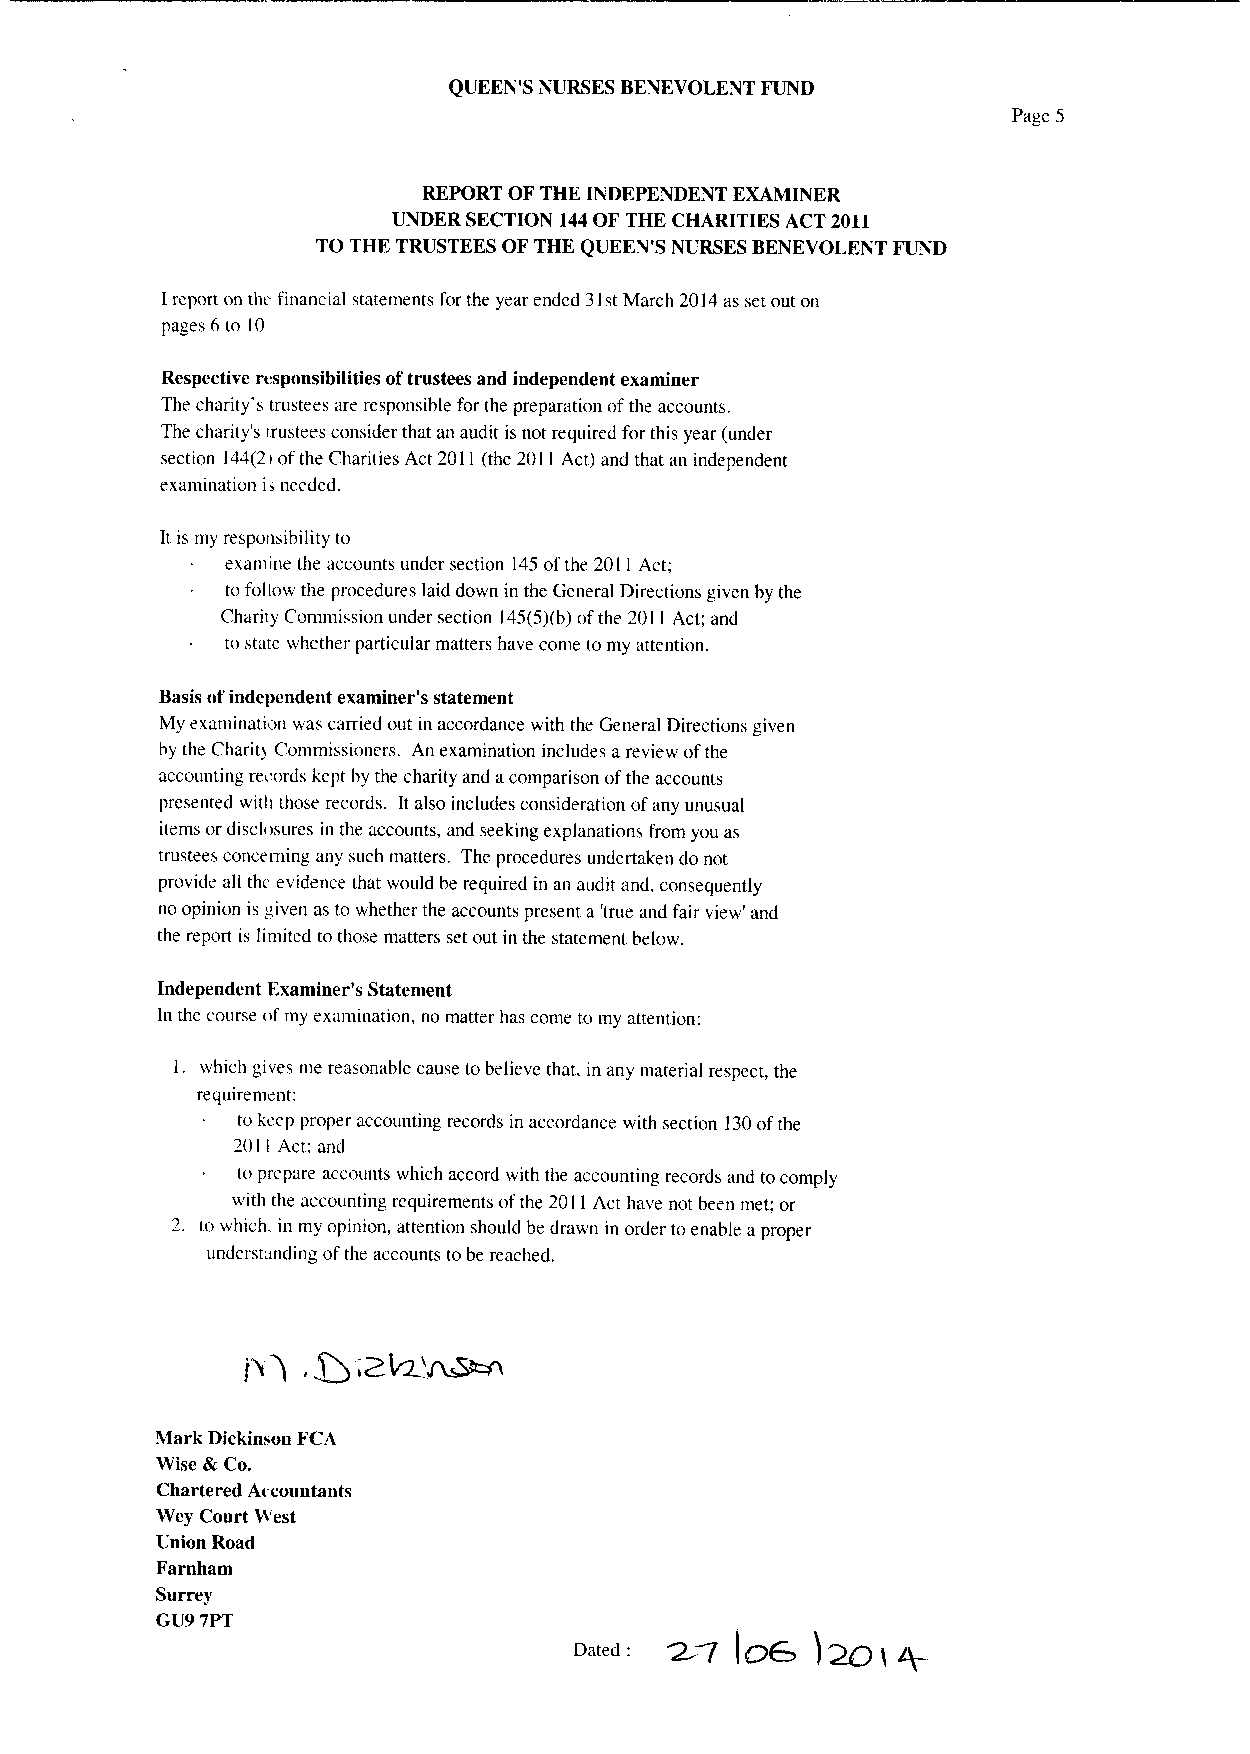
QUEEN'S NURSES BENEVOLENT FUND
 Page 5
 REPORT OF THE INDEPENDENT EXAMINER
 UNDER SECTION 144OF THE CHARITIES ACT 2011
 TO THE TRUSTEES OF THE QUEEN'S NURSES BENEVOLENT FUND
 Ireport on thc financial statements for the year ended 31stMarch 2014as set out on
 pages 6to 10
 Respective responsibilities oftrustees and independent examiner
 The charity's trustees are responsible for the preparation ofthe accounts.
 The charity's trustees consider that an audit is not required for this year (under
 section 144(2 i ofthe Charities Act 2011(the 2011Act) and that an independent
 examination i& needed.
 It is my responsibility to
 examine the accounts under section 145ofthe 2011Act;
 to follow the procedures laid down in the General Directions given by the
 Charity Commission under section 145(5)(b)ofthe 2011Act; and
 to stare whether particular matters have come to my attention.
 Basis ofindependent examiner's statement
 My examination was carried out in accordance with the General Directions given
 by the Charit) Commissioners. An examination includes areview ofthe
 accounting records kept by the charity and acomparison ofthe accounts
 presented with those records. Italso includes consideration ofany unusual
 items or discli&sures in the accounts, and seeking explanations from you as
 trustees concerning any such matters. The procedures undertaken do not
 provide all th& evidence that would be required in an audit and, consequently
 no opinion is given as to whether the accounts present a 'true and fair view' and
 the report is limited to those matters set out in the statement below.
 Independent Examiner's Statement
 In the course ofmy examination, no matter has come to my attention:
 1. which gives me reasonable cause tobelieve that. in any material respect, the
 requirement:
 to keep proper accounting records in accordance with section 130ofthe
 201I Act: and
 to prepare accounts which accord with the accounting records and tocomply
 with the accounting requirements ofthe 2011Act have not been met; or
 2. to which. in my opinion, attention should be drawn in order to enable aproper
 understanding ofthe accounts tobe reached.
 Mark Dickinson FCA
 Wise ilk Co.
 Chartered A&countants
 Wey Court West
 Union Road
 Farnham
 Surrey
 GU9 7PT